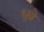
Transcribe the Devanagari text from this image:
धुत्रे